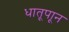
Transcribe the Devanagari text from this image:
धातूपाून